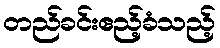
တည်ခင်းဧည့်ခံသည့်